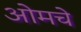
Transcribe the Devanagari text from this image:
ओमचे